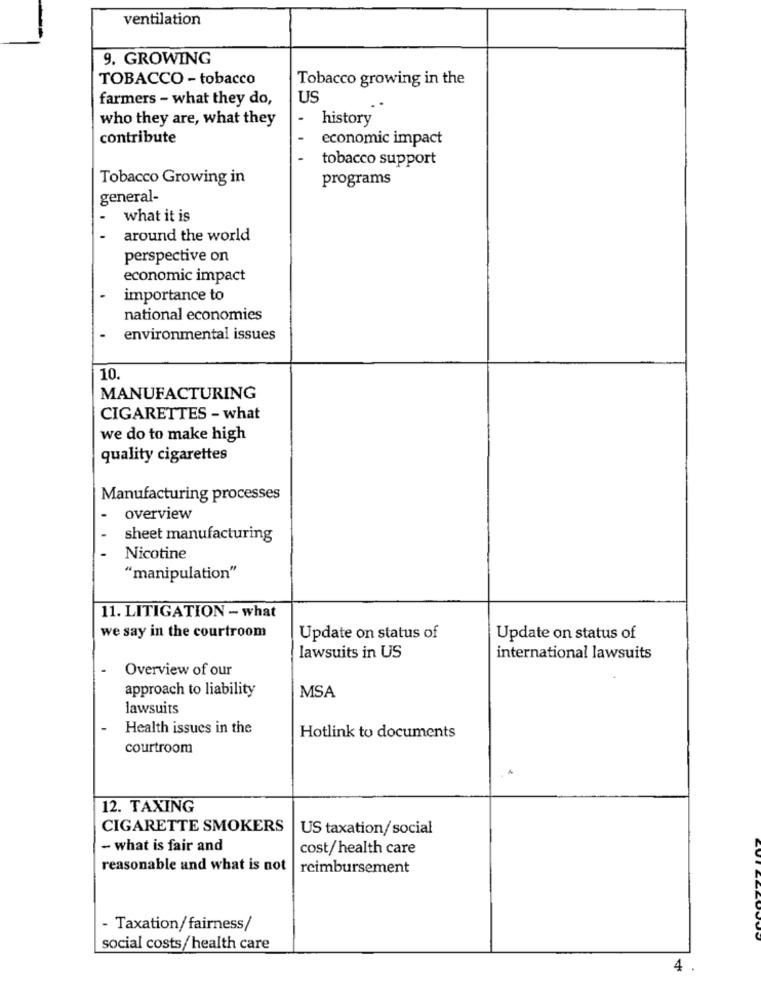
ventilation
9. GROWING
TOBACCO - tobacco
Tobacco growing in the
farmers - what they do,
US
who they are, what they
history
contribute
economic impact
tobacco support
Tobacco Growing in
programs
general-
what it is
around the world
perspective on
economic impact
importance to
national economies
· environmental issues
10.
MANUFACTURING
CIGARETTES - what
we do to make high
quality cigarettes
Manufacturing processes
overview
sheet manufacturing
Nicotine
"manipulation"
11. LITIGATION - what
we say in the courtroom
Update on status of
Update on status of
lawsuits in US
international lawsuits
Overview of our
approach to liability
MSA
lawsuits
Health issues in the
Hotlink to documents
courtroom
12. TAXING
CIGARETTE SMOKERS
US taxation/ social
- what is fair and
cost/ health care
reasonable and what is not
reimbursement
- Taxation/fairness/
social costs/ health care
4 .